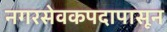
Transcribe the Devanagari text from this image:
नगरसेवकपदापासून